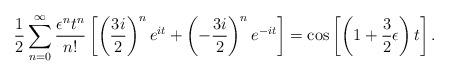
LaTeX: \begin{align*}{1\over 2}\sum_{n=0}^{\infty}{\epsilon^n t^n\over n!}\left[\left({3i\over 2}\right)^ne^{it}+\left(-{3i\over 2}\right)^ne^{-it}\right]=\cos\left[\left(1+{3\over2}\epsilon\right)t\right].\end{align*}